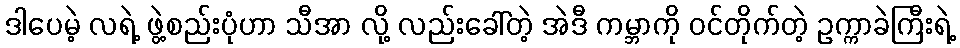
ဒါပေမဲ့ လရဲ့ ဖွဲ့စည်းပုံဟာ သီအာ လို့ လည်းခေါ်တဲ့ အဲဒီ ကမ္ဘာကို ဝင်တိုက်တဲ့ ဥက္ကာခဲကြီးရဲ့